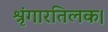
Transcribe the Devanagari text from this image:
श्रृंगारतिलक।